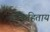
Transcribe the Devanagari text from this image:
लोकहिताय